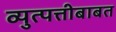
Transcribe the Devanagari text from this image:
व्युत्पत्तीबाबत